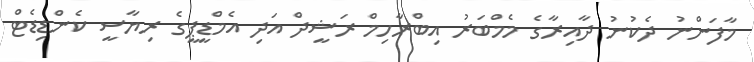
މާފަންނު ދެކުނު ދާއިރާގެ މެމްބަރު އިބްރާހިމް ރަޝީދް އަދި އެމްޑީޕީގެ ރިޔާސީ ކެންޑިޑެޓް